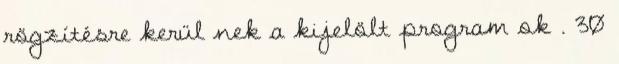
rögzítésre kerül nek a kijelölt program ok . 30